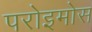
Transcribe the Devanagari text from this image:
परोइमोस